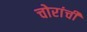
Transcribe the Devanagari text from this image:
चोरांची